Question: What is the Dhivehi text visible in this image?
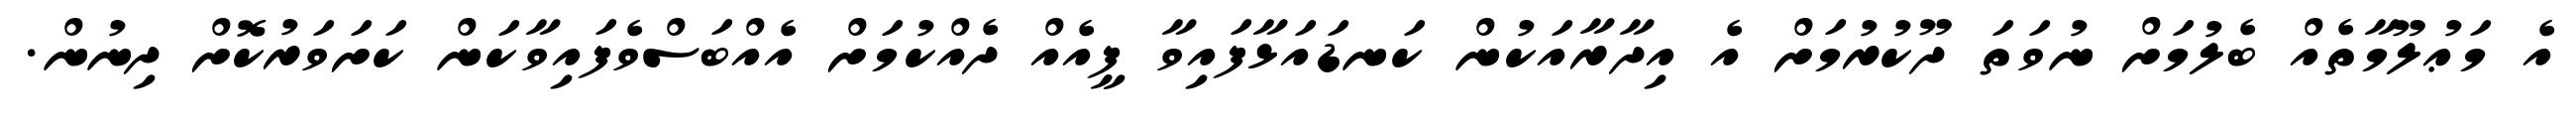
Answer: އެ މަޢުލޫމާތެއް ބެލުމަށް ނުވަތަ ދޫކުރުމަށް އެ އިދާރާއަކުން ކަނޑައަޅާފައިވާ ފީއެއް ދެއްކުމަށް އެއްބަސްވެފައިވާކަން ކަށަވަރުކޮށް ދިނުން.